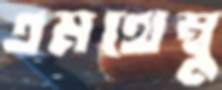
এমথেম্বু